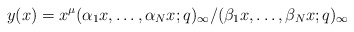
\begin{align*}y(x)=x^{\mu} (\alpha_1 x, \dots, \alpha_N x ;q)_{\infty} /(\beta_1 x, \dots, \beta_N x ;q)_{\infty}\end{align*}